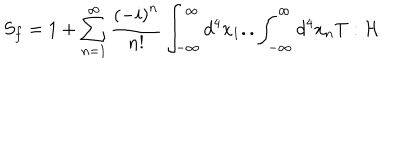
S _ { f } = 1 + \sum _ { n = 1 } ^ { \infty } \frac { \left( - i \right) ^ { n } } { n ! } \int _ { - \infty } ^ { \infty } d ^ { 4 } x _ { 1 } . . \int _ { - \infty } ^ { \infty } d ^ { 4 } x _ { n } T : \mathcal { H }